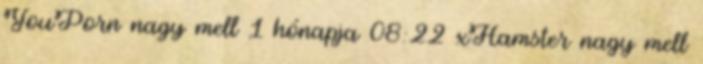
YouPorn nagy mell 1 hónapja 08:22 xHamster nagy mell